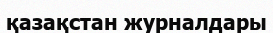
қазақстан журналдары